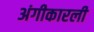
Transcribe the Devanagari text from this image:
अंगीकारली